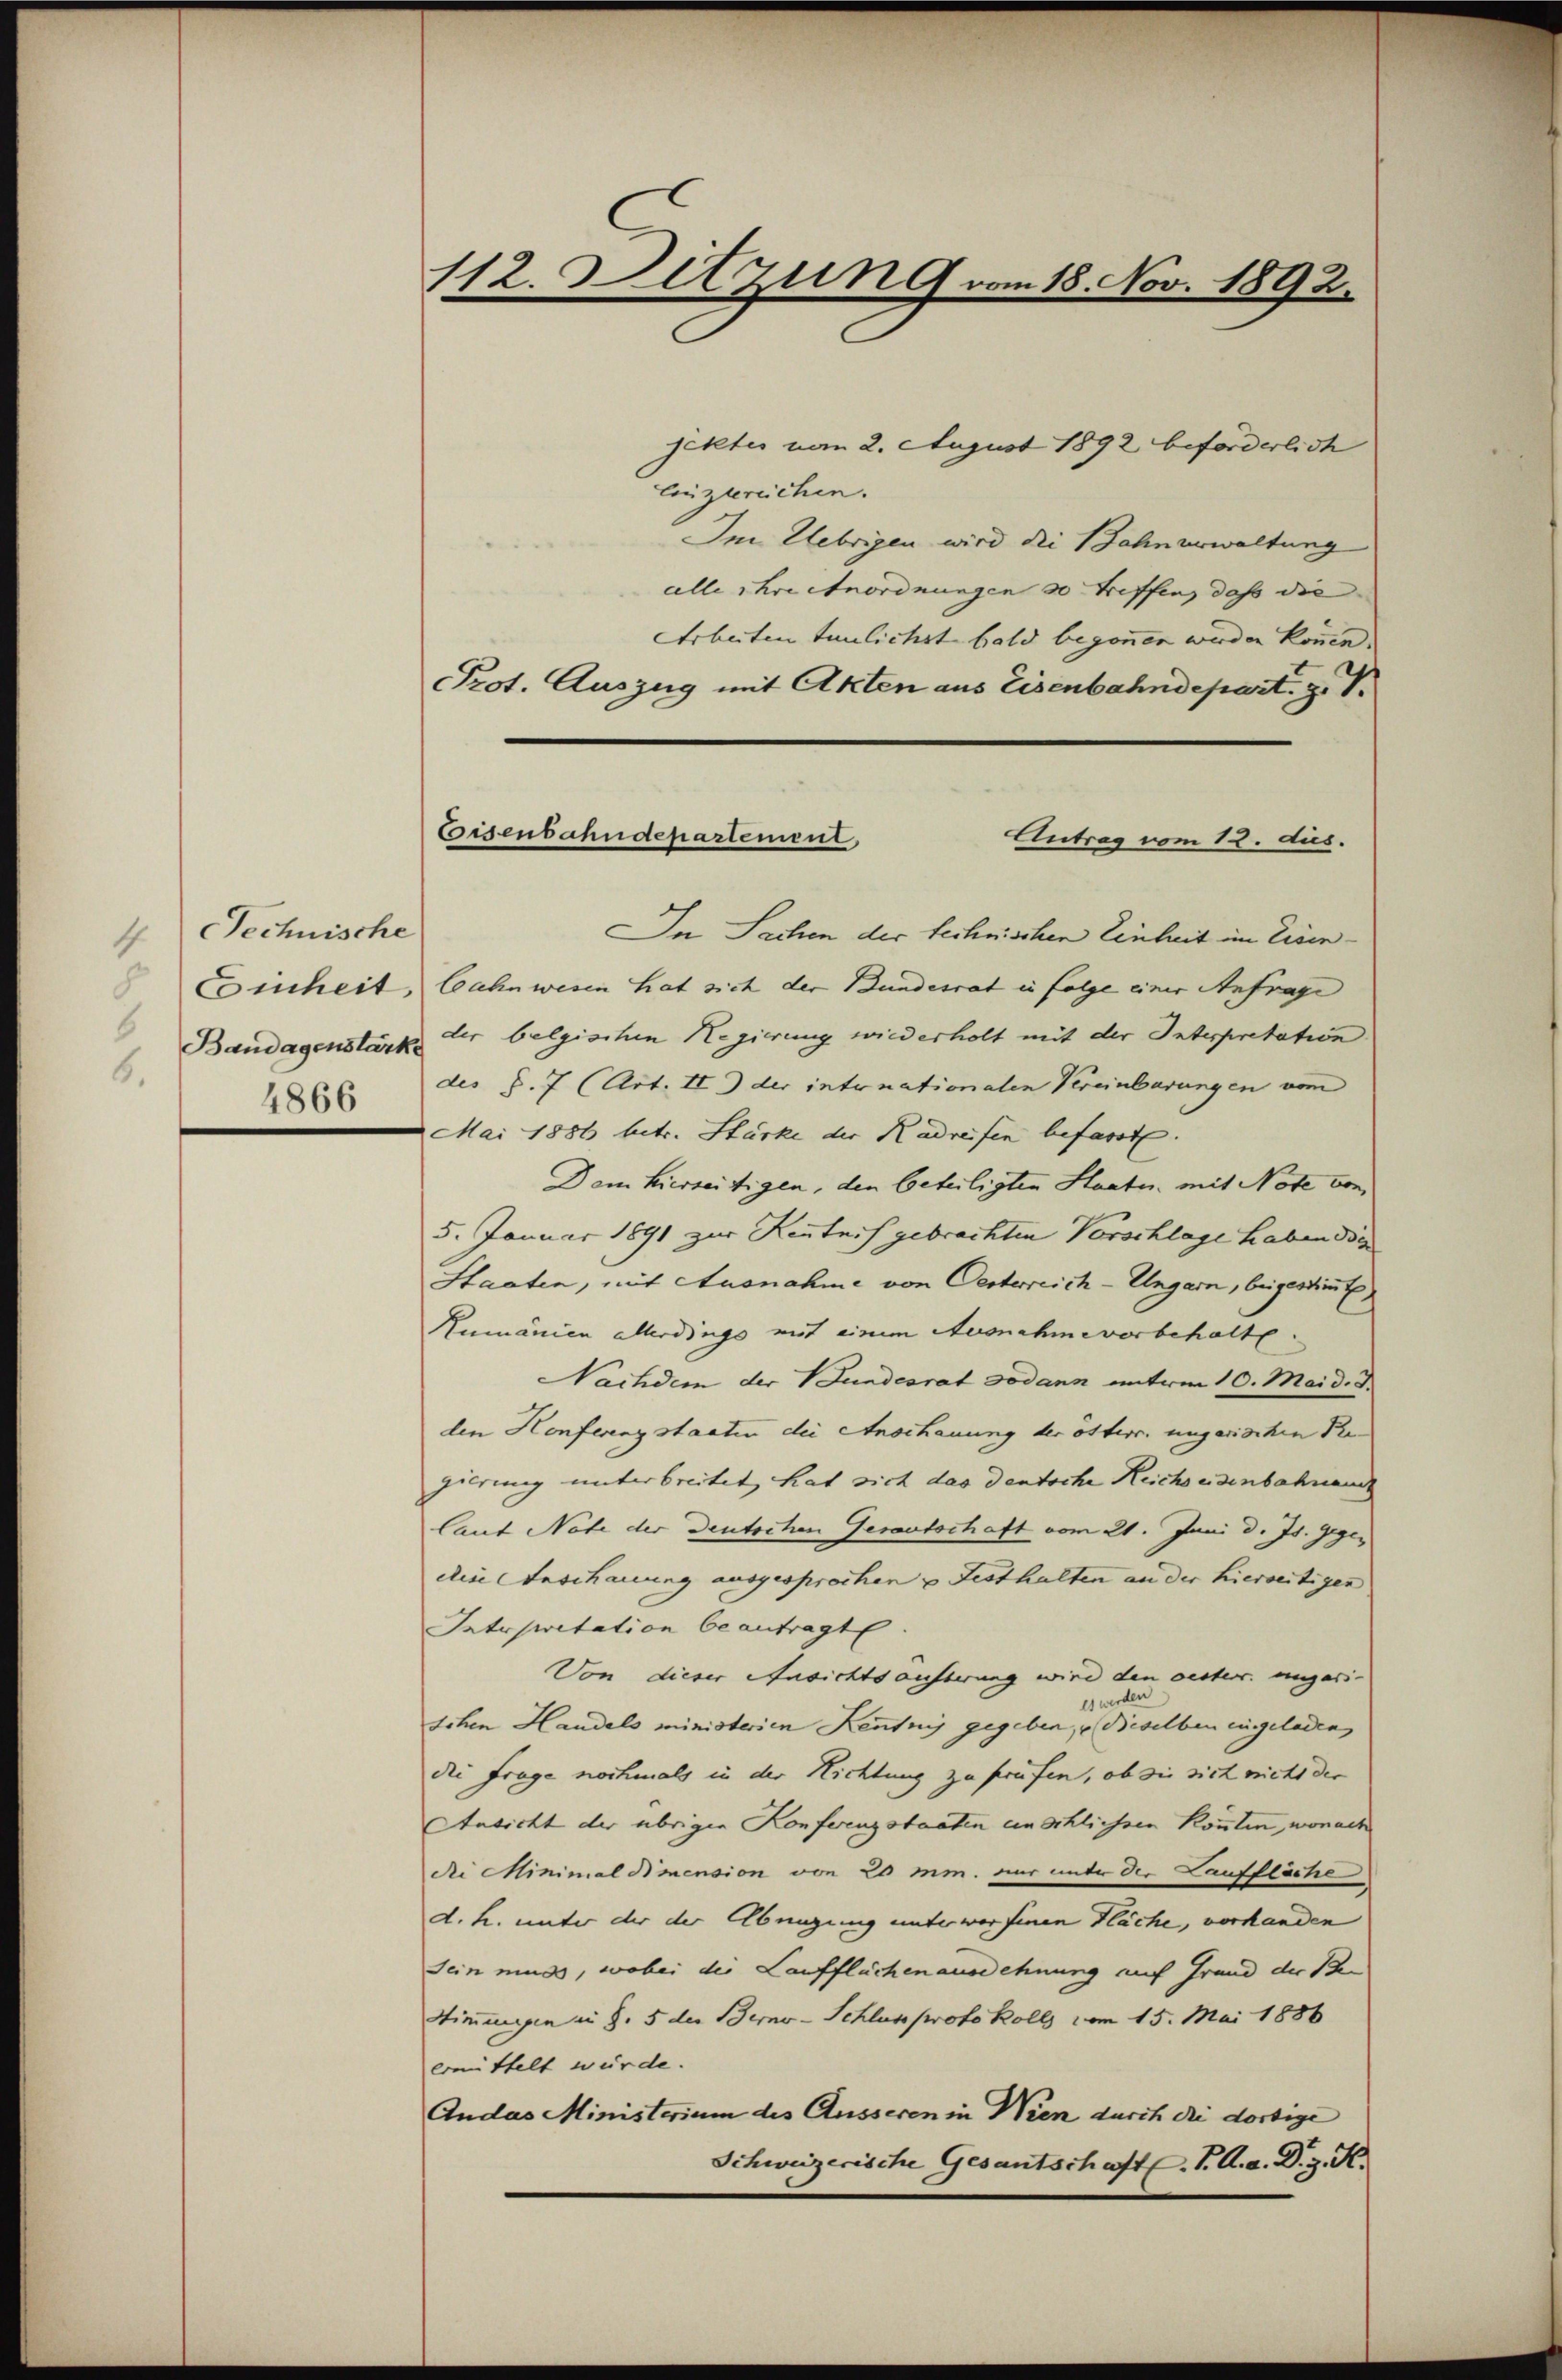
4 Technische
Einheit,
6
Bandagenstärke
6.
4866

112. Sitzung vom 18. Nov. 1892.

jektes vom 2. August 1892 beförderlich
Einzureichen.
Im Uebrigen wird die Bahnverwaltung
alle ihre enordnungen so treffen, dass die
Arbeiten taulichst bald begonnen werden können.
Prot. Auszug mit Akten aus Eisenbahndepart, z. B.
In Sachen der technischen Einheit im Eisenbahnwesen hat sich der Bundesrat in Folge einer Anfrage
der belgischen Regierung wiederholt mit der Interpretation
des §. 7 (Art. II der intonationalen Vereinbarungen vom
Mai 1886 betr. Stärke der Kadreifen befasst.
Dem hierseitigen, den beteiligten Staatu. mit Note von
5. Januar 1891 zur Kenntnis gebrachten Vorschlage haben die
Staaten, mit Ausnahme von Oesterreich-Ungarn, beigestimmt
Rumänien allerdings mit einem Ausnahme vorbehalte
Nachdem der Bundesrat sodann unterm 10. Mai d. d.
den Honferengstaaten die Anschauung der ottern ungarischen Pre
gierung unterbreitet, hat sich das deutsche Reichs eisenbahnend
laut Note der Deutschen Gerantschaft vom 21. Juni d. Js. gegen
die Anschauung ausgesprochen u Festhalten an der hierseitigen
Interpretation beantragt.
Von dieser Ansichtsausserung wird den oesterr. ungari-
es werden
schen Handels ministerien Kenntnis gegeben, u dieselben eingeladen,
die Frage nochmals in der Richtung zu prüfen, ob sie sich nicht der
Ansicht der übrigen Konferenzstaaten unschlichsen könnten, wonach
di Minimal mension von 20 mm. nur unter der Lauffliche
d. h. unter der der Übungung unterworfenen Fläche, vorhanden
Sein muss, wobei der Laufflächen ausdehnung auf Grund der Be
Stimmungen S. 5 der Berno-Schluss protokolls vom 15. Mai 1886
ermittelt würde.
Andas Ministerium des Äusseren in Wien durch die dortige
Schweizerische Gesantschaftl. P. A. a. D. J. H.

Eisenbahndepartement,
Antrag vom 12. dus.